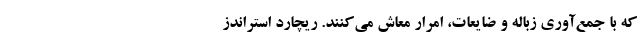
که با جمع‌آوری زباله و ضایعات، امرار معاش می‌کنند. ریچارد استراندز